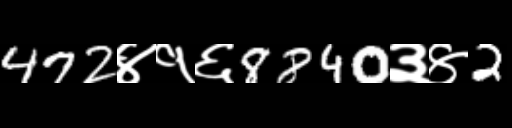
Text: 472४१६8840३४2